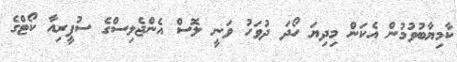
ކާމިޔާބުވުމުން އެކަން މިދިޔަ ހޯދަ ދުވަހު ވަނީ ލޮސް އެންޖެލިސްގެ ސުޕީރިއާ ކޯޓްގެ